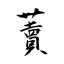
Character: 藚